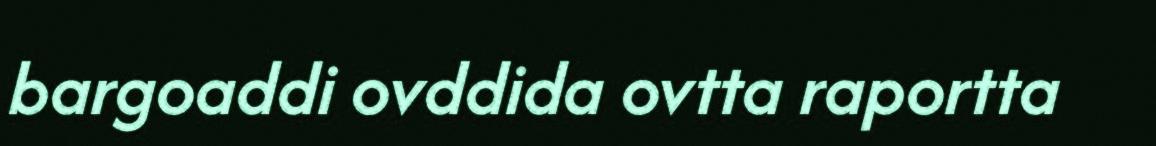
bargoaddi ovddida ovtta raportta